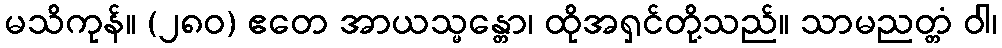
မသိကုန်။ (၂၈၀) ဧတေ အာယသ္မန္တော၊ ထိုအရှင်တို့သည်။ သာမညတ္တံ ဝါ၊